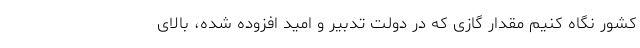
کشور نگاه کنیم مقدار گازی که در دولت تدبیر و امید افزوده شده، بالای